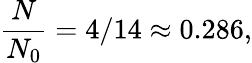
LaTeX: {\frac{N}{N_{0}}}=4/14\approx 0.286,